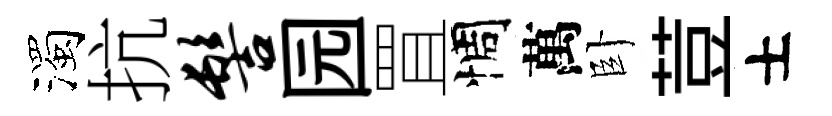
濁抗髻园罝惆萬卧荳士